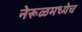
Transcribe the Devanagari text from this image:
नेरूळमध्येच